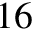
1 6